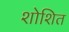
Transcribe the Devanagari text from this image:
शोशित